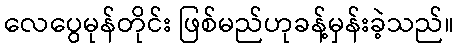
လေပွေမုန်တိုင်း ဖြစ်မည်ဟုခန့်မှန်းခဲ့သည်။